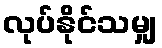
လုပ်နိုင်သမျှ